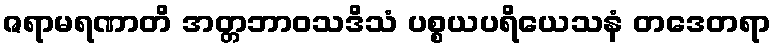
ဇရာမရဏာတိ အတ္တဘာဝသဒိသံ ပစ္စယပရိယေသနံ တဒေတရာ